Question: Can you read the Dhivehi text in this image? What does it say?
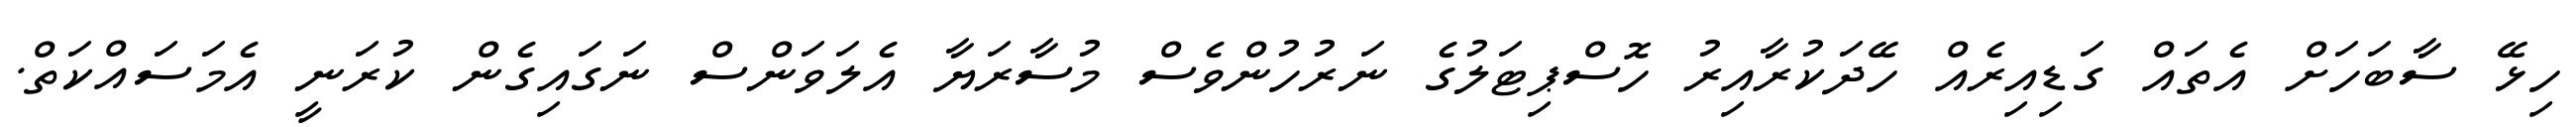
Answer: ހިޅޭ ސާބަހަށް އެތައް ގަޑިއިރެއް ހޭދަކުރާއިރު ހޮސްޕިޓަލުގެ ނަރުހުންވެސް މުސާރަޔާ އެލަވަންސް ނަގައިގެން ކުރަނީ އެމަސައްކަތް.